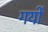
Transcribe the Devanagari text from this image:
गयों